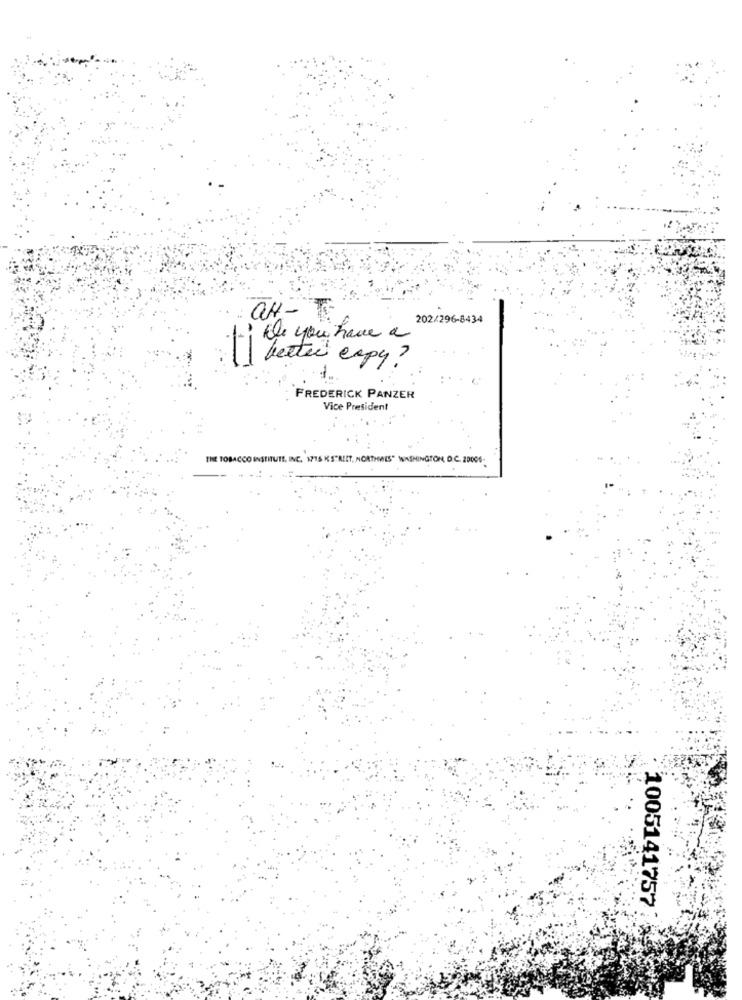
GH-
202/296-8434
de you have a
better expy?
FREDERICK PANZER
Vice President
THE TOBACCO INSTITUTE, INC. 175 KS"RIET, NORTHALS" WASHINGTON, D.C. 20006;
1005141757